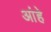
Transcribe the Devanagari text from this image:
आंहे